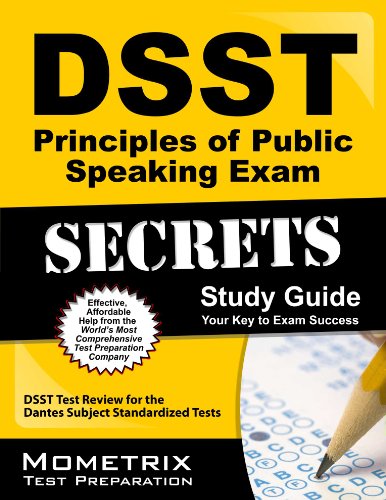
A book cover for DSST Principles of Public Speaking Exam Secrets Study Guide: DSST Test Review for the Dantes Subject Standardized Tests (DSST Secrets Study Guides); DSST Exam Secrets Test Prep Team; Test Preparation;